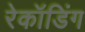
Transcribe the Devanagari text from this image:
रेकॉडिंग